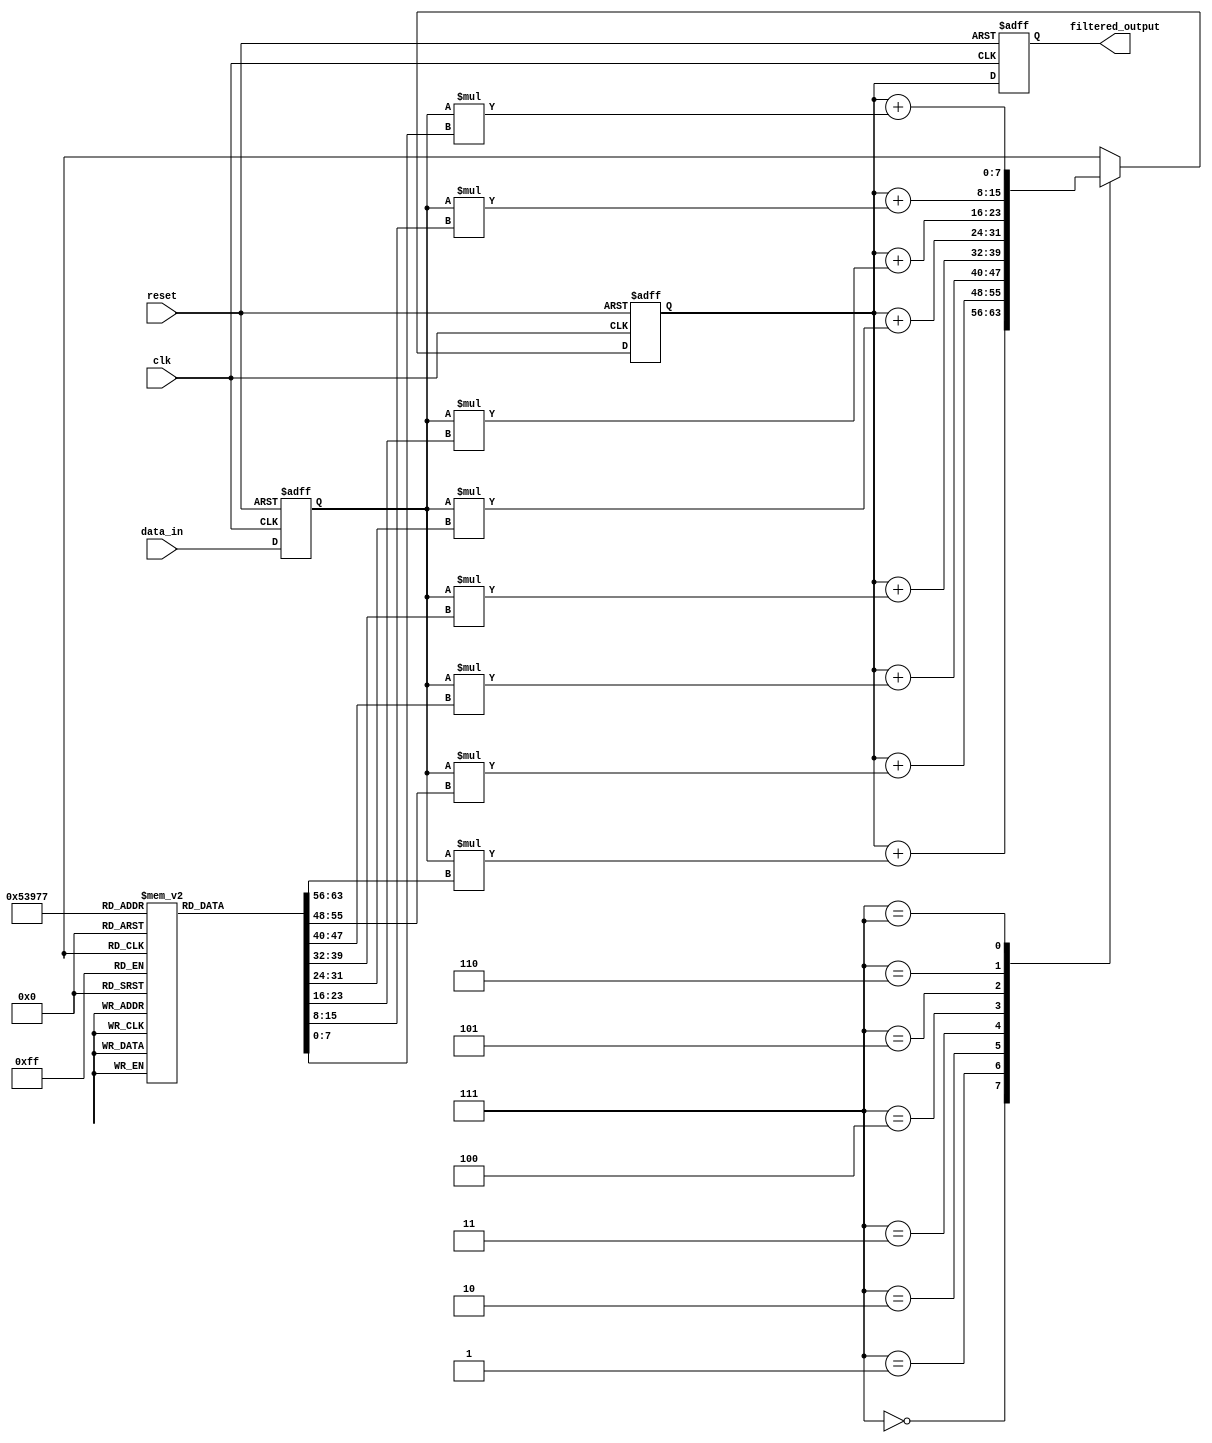
module FIR_filter_accumulator (
  input wire clk,
  input wire reset,
  input wire [7:0] data_in,
  output reg [7:0] filtered_output
);

reg [7:0] coefficients [0:7]; // Coefficients for FIR filter
reg [7:0] acc; // Accumulator for storing the sum of multiplication results

reg [7:0] data_reg;
reg [2:0] tap_select;

// Coefficients initialization
initial begin
  coefficients[0] = 8'b00000001;
  coefficients[1] = 8'b00000010;
  coefficients[2] = 8'b00000011;
  coefficients[3] = 8'b00000100;
  coefficients[4] = 8'b00000101;
  coefficients[5] = 8'b00000110;
  coefficients[6] = 8'b00000111;
  coefficients[7] = 8'b00001000;
end

// Input register for synchronization
always @(posedge clk or posedge reset) begin
  if (reset) begin
    data_reg <= 8'b00000000;
  end else begin
    data_reg <= data_in;
  end
end

// Arithmetic blocks and accumulator
always @(posedge clk or posedge reset) begin
  if (reset) begin
    acc <= 8'b00000000;
  end else begin
    case (tap_select)
      0: acc <= acc + data_reg * coefficients[0];
      1: acc <= acc + data_reg * coefficients[1];
      2: acc <= acc + data_reg * coefficients[2];
      3: acc <= acc + data_reg * coefficients[3];
      4: acc <= acc + data_reg * coefficients[4];
      5: acc <= acc + data_reg * coefficients[5];
      6: acc <= acc + data_reg * coefficients[6];
      7: acc <= acc + data_reg * coefficients[7];
    endcase
  end
end

// Output register for synchronization
always @(posedge clk or posedge reset) begin
  if (reset) begin
    filtered_output <= 8'b00000000;
  end else begin
    filtered_output <= acc;
  end
end

endmodule